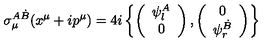
\sigma _ { \mu } ^ { A \dot { B } } ( x ^ { \mu } + i p ^ { \mu } ) = 4 i \left\{ \left( \begin{array} { c } { \psi _ { l } ^ { A } } \\ { 0 } \\ \end{array} \right) , \left( \begin{array} { c } { 0 } \\ { \psi _ { r } ^ { \dot { B } } } \\ \end{array} \right) \right\}